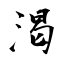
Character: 渇